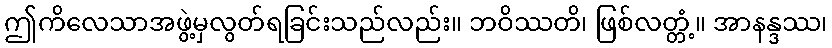
ဤကိလေသာအဖွဲ့မှလွတ်ရခြင်းသည်လည်း။ ဘဝိဿတိ၊ ဖြစ်လတ္တံ့။ အာနန္ဒဿ၊